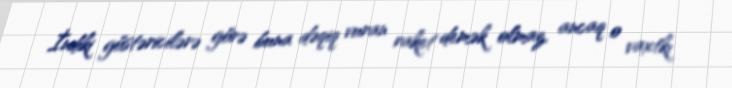
İndiki göstəricilərə görə buna dəqiq vuran raket demək olmaz, ancaq o vaxtkı